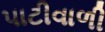
પાટીવાળી